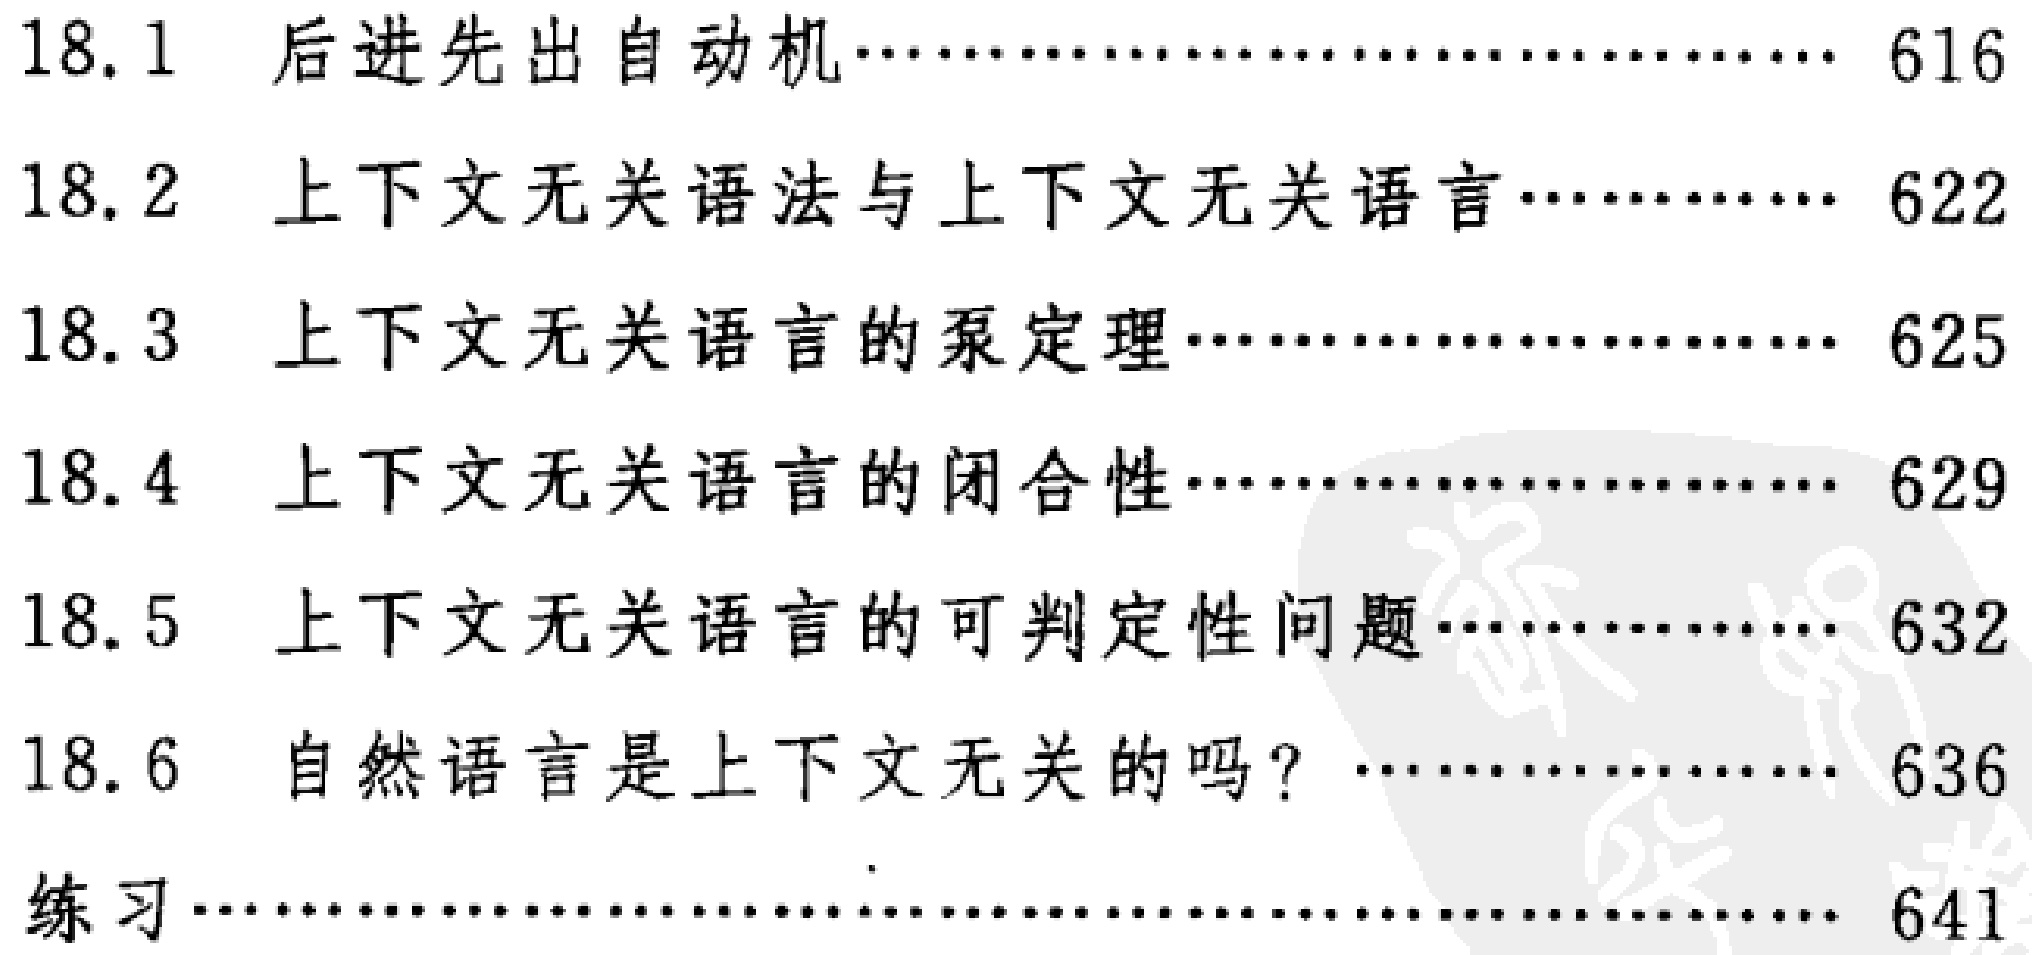
\begin{enumerate}

\item[18.1] 后进先出自动机\hfill 616

\item[18.2] 上下文无关语法与上下文无关语言\hfill 622

\item[18.3] 上下文无关语言的泵定理\hfill 625

\item[18.4] 上下文无关语言的闭合性\hfill 629

\item[18.5] 上下文无关语言的可判定性问题\hfill 632

\item[18.6] 自然语言是上下文无关的吗？\hfill 636

\item 练习\hfill 641

\end{enumerate}